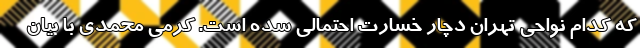
که کدام نواحی تهران دچار خسارت احتمالی شده است. کرمی محمدی با بیان